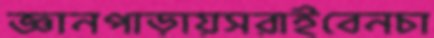
জ্ঞানপাড়ায়সরাইবেনচা